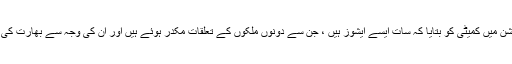
وزارت داخلہ نے اپنی پریزنٹیشن میں کمیٹی کو بتایا کہ سات ایسے ایشوز ہیں ، جن سے دونوں ملکوں کے تعلقات مکدر ہوئے ہیں اور ان کی وجہ سے بھارت کی داخلی سلامتی متاثر ہوتی ہے۔